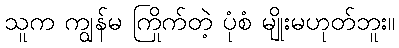
သူက ကျွန်မ ကြိုက်တဲ့ ပုံစံ မျိုးမဟုတ်ဘူး။